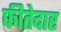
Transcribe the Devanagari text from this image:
फीतेदार